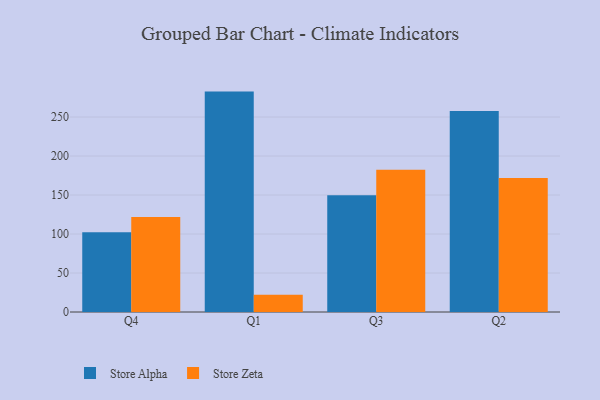
{"axis": {"x": "Quarter", "y": "Satisfaction Score"}, "legend": ["Store Alpha", "Store Zeta"], "data": [{"x": "Q4", "y": 102.2, "type": "Store Alpha"}, {"x": "Q4", "y": 121.8, "type": "Store Zeta"}, {"x": "Q1", "y": 282.6, "type": "Store Alpha"}, {"x": "Q1", "y": 22.0, "type": "Store Zeta"}, {"x": "Q3", "y": 149.6, "type": "Store Alpha"}, {"x": "Q3", "y": 182.4, "type": "Store Zeta"}, {"x": "Q2", "y": 257.6, "type": "Store Alpha"}, {"x": "Q2", "y": 171.9, "type": "Store Zeta"}]}